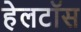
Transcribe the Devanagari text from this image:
हेलटॉस